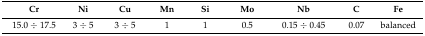
<table><thead><tr><td><b>Cr</b></td><td><b>Ni</b></td><td><b>Cu</b></td><td><b>Mn</b></td><td><b>Si</b></td><td><b>Mo</b></td><td><b>Nb</b></td><td><b>C</b></td><td><b>Fe</b></td></tr></thead><tbody><tr><td>15.0 ÷ 17.5</td><td>3 ÷ 5</td><td>3 ÷ 5</td><td>1</td><td>1</td><td>0.5</td><td>0.15 ÷ 0.45</td><td>0.07</td><td>balanced</td></tr></tbody></table>